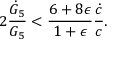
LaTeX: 2 { \frac { \dot { G } _ { 5 } } { G _ { 5 } } } < { \frac { 6 + 8 \epsilon } { 1 + \epsilon } } { \frac { \dot { c } } { c } } .